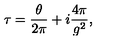
\tau = \frac { \theta } { 2 \pi } + i \frac { 4 \pi } { g ^ { 2 } } ,